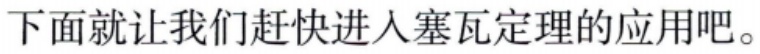
下面就让我们赶快进入塞瓦定理的应用吧。